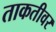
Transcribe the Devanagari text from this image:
ताकतीवर